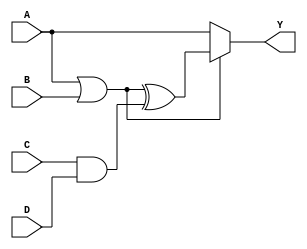
module DFF22(A,B,C,D,Y);
	input A,B,C,D;
	output Y;
	wire TP1=A|B;
	wire TP2=C&D;
	wire Y0=TP1^TP2;
	reg Y;
	always@(A,TP1)
	begin
		if(TP1) Y=Y0;
		else Y<=A;
	end
endmodule